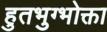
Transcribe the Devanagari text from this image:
हुतभुग्भोक्ता